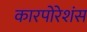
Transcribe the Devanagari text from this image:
कारपोरेशंस